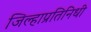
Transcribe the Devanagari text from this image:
जिल्हाप्रतिनिधी